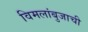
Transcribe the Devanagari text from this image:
विमलांबुजाची